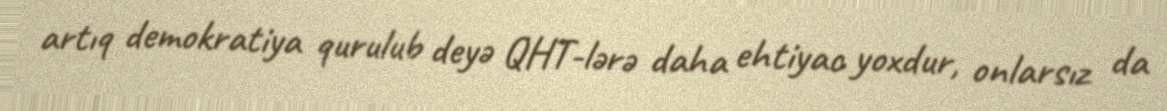
artıq demokratiya qurulub deyə QHT-lərə daha ehtiyac yoxdur, onlarsız da